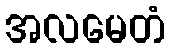
အလမေတံ